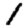
Digit: 1